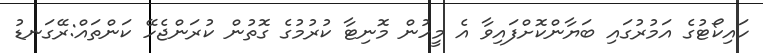
ހައިކޯޓުގެ އަމުރުގައި ބަޔާންކޮށްފައިވާ އެ މީހުން މޮނިޓާ ކުރުމުގެ ގޮތުން ކުރަންޖެހޭ ކަންތައް:ރޭގަނޑު